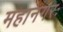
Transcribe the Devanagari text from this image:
महानगरः